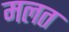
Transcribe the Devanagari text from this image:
मलत